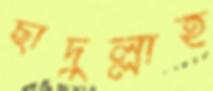
ছাদুল্লাহ